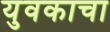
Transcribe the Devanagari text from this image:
युवकाचा